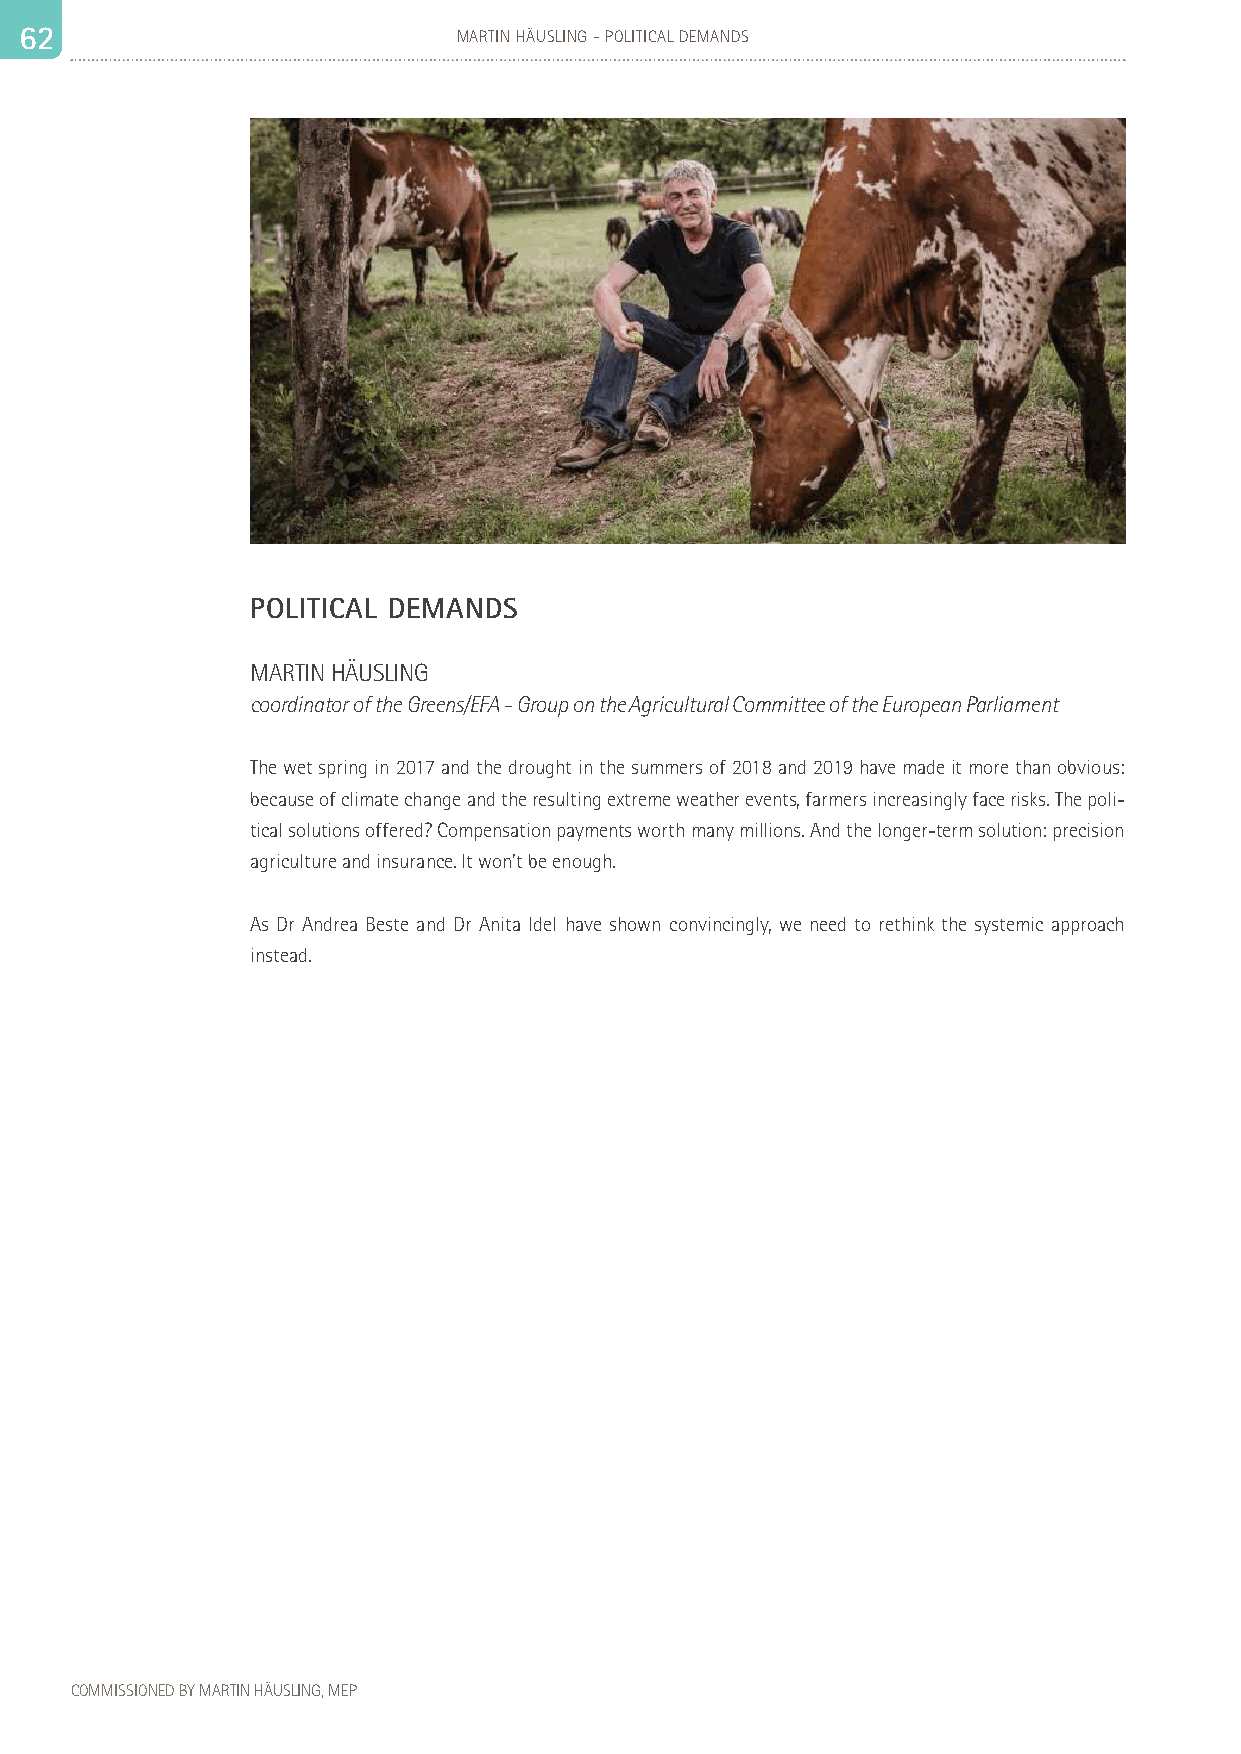
6 62 2                       MARTIN HÄUSLING - POLITICAL DEMANDS                                                                                                63
 POLITICAL DEMANDS
 MARTIN HÄUSLING
 coordinator of the Greens/EFA - Group on the Agricultural Committee of the European Parliament
 The wet spring in 2017 and the drought in the summers of 2018 and 2019 have made it more than obvious:
 because of climate change and the resulting extreme weather events, farmers increasingly face risks. The poli-
 tical solutions offered? Compensation payments worth many millions. And the longer-term solution: precision
 agriculture and insurance. It won’t be enough.
 As Dr Andrea Beste and Dr Anita Idel have shown convincingly, we need to rethink the systemic approach
 instead.
 COMMISSIONED BY MARTIN HÄUSLING, MEP